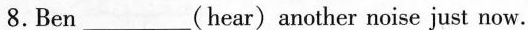
8.Ben___(hear) another noise just now.